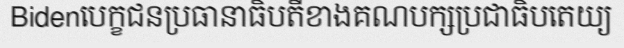
Bidenបេក្ខជនប្រធានាធិបតីខាងគណបក្សប្រជាធិបតេយ្យ